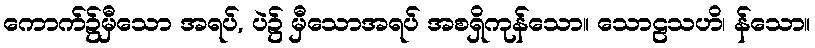
ကောက်၌မှီသော အရပ်, ပဲ၌ မှီသောအရပ် အစရှိကုန်သော။ သောဠသဟိ၊ န်သော။